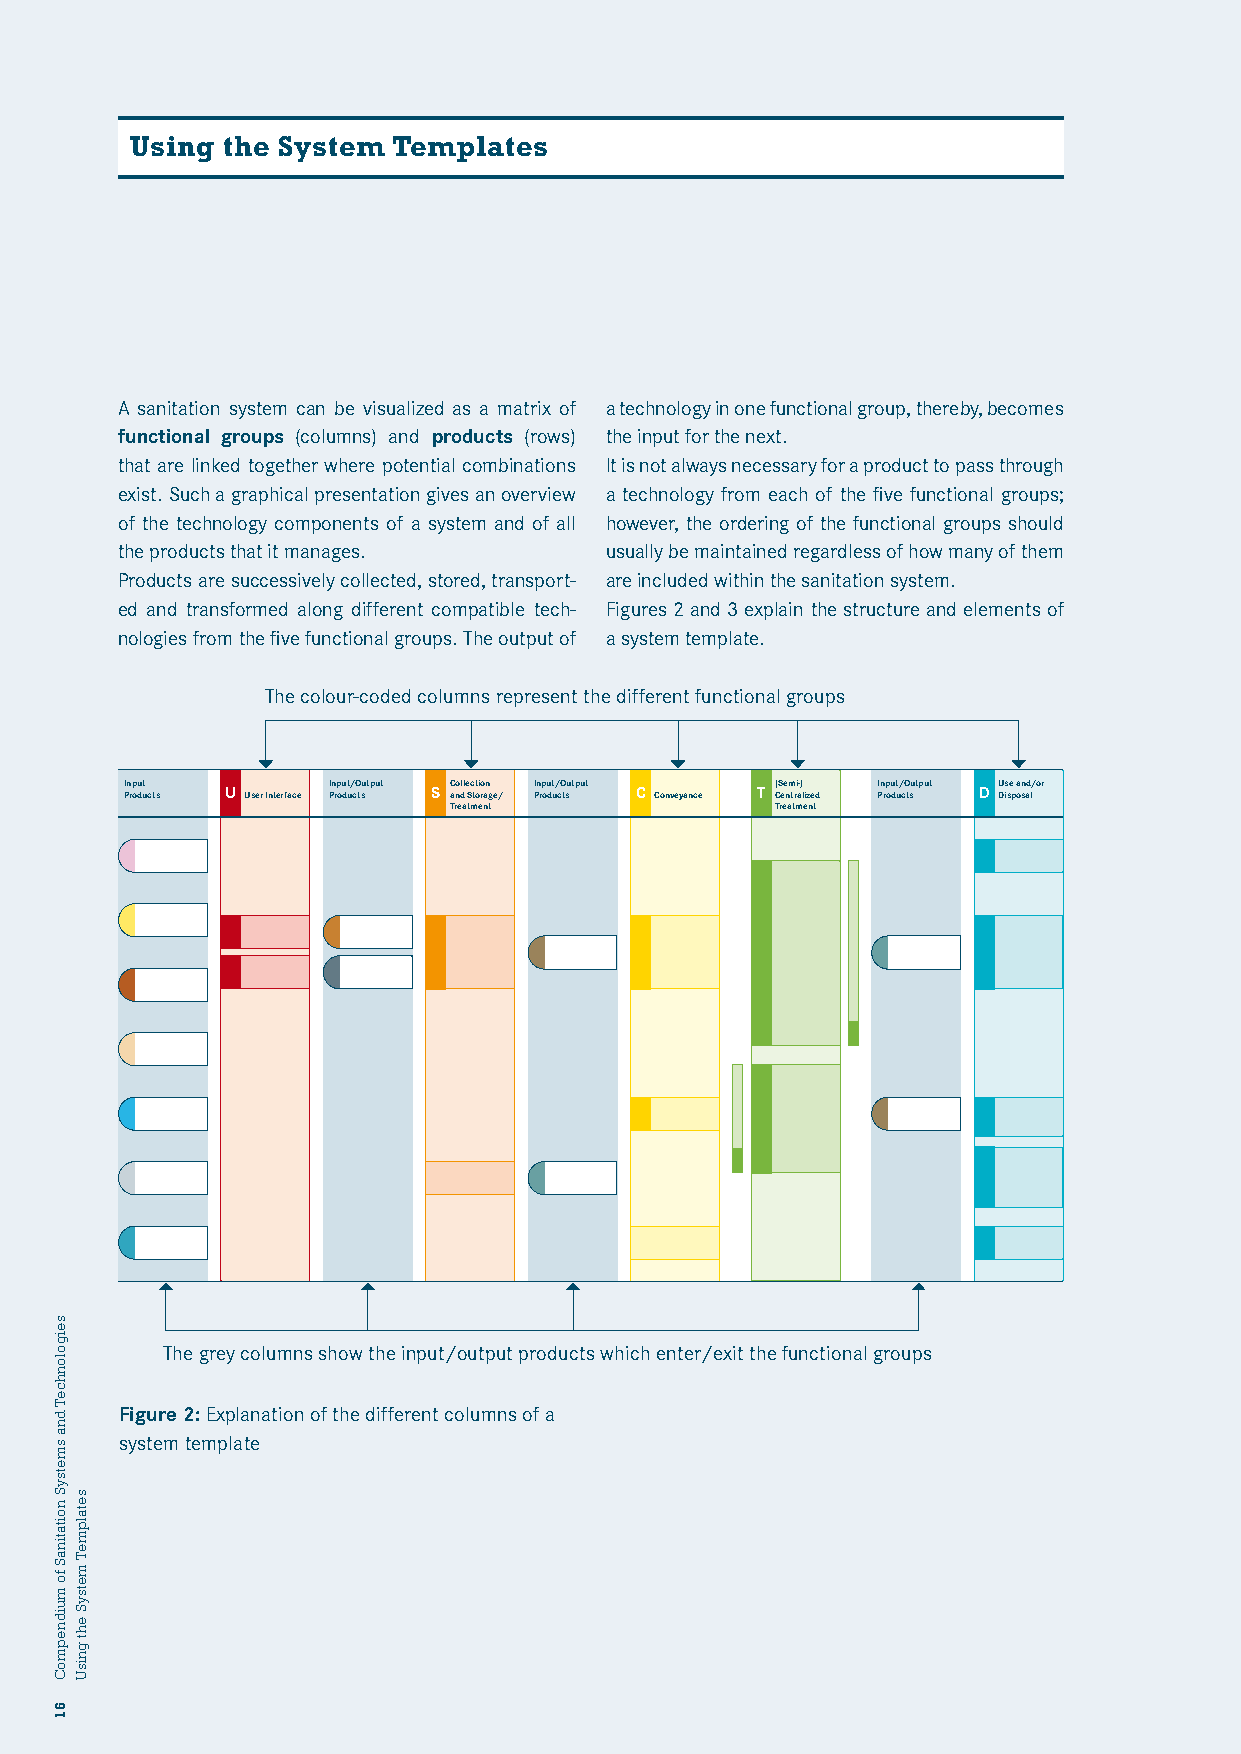
Using the System Templates
 A sanitation system can be visualized as a matrix of a technology in one functional group, thereby, becomes
 functional groups (columns) and products (rows) the input for the next.
 that are linked together where potential combinations It is not always necessary for a product to pass through
 exist. Such a graphical presentation gives an overview a technology from each of the five functional groups;
 of the technology components of a system and of all however, the ordering of the functional groups should
 the products that it manages.   usually be maintained regardless of how many of them
 Products are successively collected, stored, transport- are included within the sanitation system.
 ed and transformed along different compatible tech- Figures 2 and 3 explain the structure and elements of
 nologies from the five functional groups. The output of a system template.
 The colour-coded columns represent the different functional groups
 Input         Input/Output Collection Input/Output (Semi-) Input/Output Use and/or
 Products U User Interface Products S and Storage/ Products C Conveyance T Centralized Products D Disposal
 Treatment            Treatment
 The grey columns show the input/output products which enter/exit the functional groups
 Figure 2: Explanation of the different columns of a
 system template
 seigolonhceT
 dna
 smetsyS
 noitatinaS
 fo
 muidnepmoC
 61
 setalpmeT
 metsyS
 eht
 gnisU